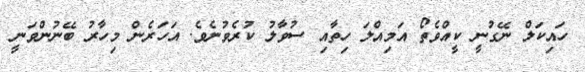
ހައިކަލް ނޭގުނީ ކީއްވެތޯ އަމިއްލަ ހިތާއި ސުވާލު ކުރެވުނެވެ. އަހަރެން މިހާރު ބޭނުންވަނީ